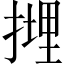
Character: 𢲪